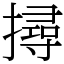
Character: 撏